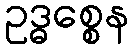
ဥဒ္ဓစ္စေန